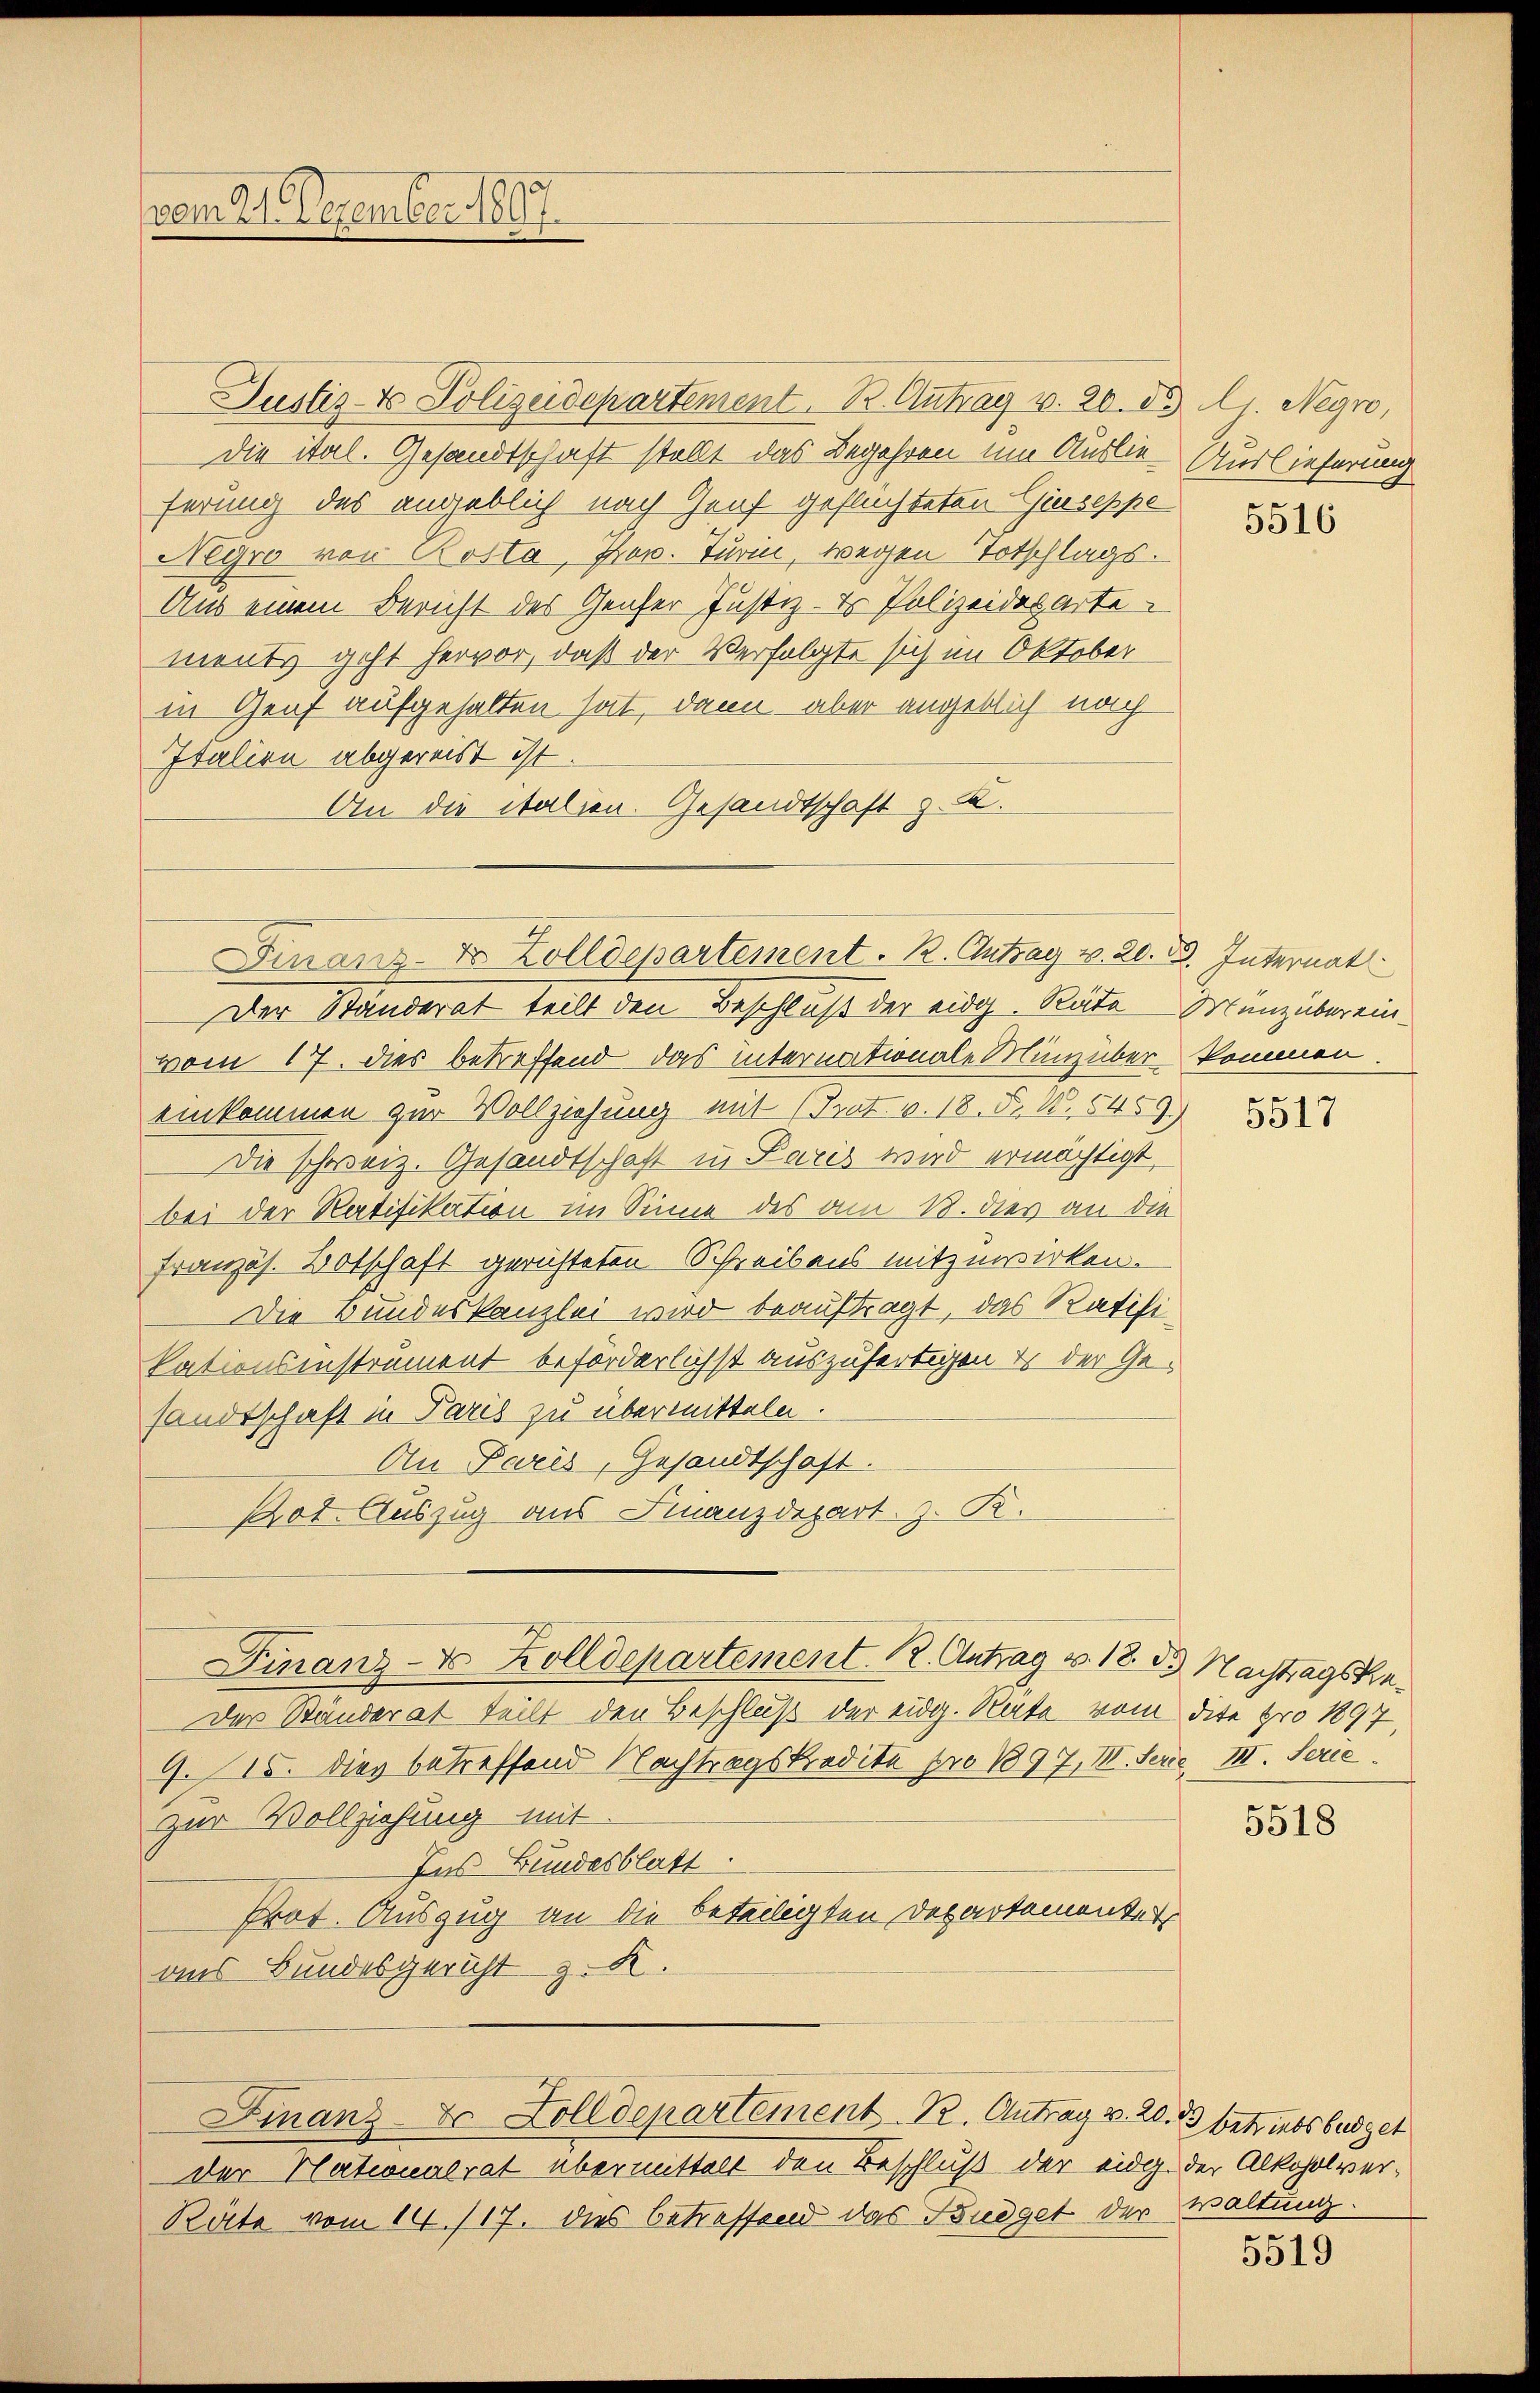
vom 21. Dezember 1897

Finanz-E. Zolldepartement. R. Antrag v. 20. Bd. Internat

Justiz- & Polizeidepartement. B. Antrag v. 20. d. J. Negro,
Die ital. Gesandtschaft stellt das Begehren um Auslieferung des angeblich nach Graf geflüchteten Giuseppe
Negro von Rosta, Prov. Turin, wegen Totschlags-
Aus einem Bericht des Genfer Justiz- & Polizeideparte
ments geht hervor, daß der Verfolgte sich im Oktober
in Genf aufgehalten hat, dann aber angeblich nach
Italien abgereist ist.
An die italien. Gesandtschaft z. K.
Der Standerat teilt den Beschluß der eidg. Räte Manz übereinvom 17. dies betreffend das internationale Münz über kommen.
einkommen zur Vollziehung mit (Trat. v. 18. F. X. 5459)
Die schweiz. Gesandtschaft in Paris wird ermächtigt,
bei der Ratifikation im Sinne des am 18. dies an die
französ. Botschaft gerichteten Schreibens mitzuwirken.
Die Bundeskanzlei wird beauftragt, das Ratifikationsinstrument beförderlichst auszufertigen es der Gesandtschaft in Paris zu übermitteln.
An Paris, Gesandtschaft.
Not. Auszug aus Finanzdepart z. K.
Finanz-V. Zolldepartement. R. Antrag v. 18. d. Nachtragska
Der Ständerat teilt den Beschluß der eidg. Rate vom dite pro 1897
9. 15. Dies betreffend Nachtragskredita pro 1897, III. Serie III. Serie.
zur Vollziehung mit
Ins Bundesblatt.
Prot. Auszug an die beteiligten Departementer
aus Bundesgericht z. K.

Finanz- u. Zolldepartement. R. Antrag v. 20. 33 betriebs büdget

der Nationalrat übermittelt den Beschluß der eidg. der Alkoholver¬
Räte vom 14./17. dies betreffend das Büdget der Waltung.

Auslieferung

5516

5517

5518

5519